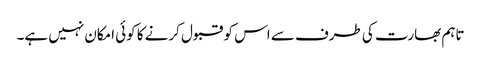
تاہم بھارت کی طرف سے اس کو قبول کرنے کا کوئی امکان نہیں ہے۔